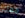
معك